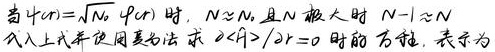
当$4\sigma)=\sqrt{N_{0}}\ 4\sigma)$时，$N\approx N_{0}$，且$N$ 极大时$N - 1\approx N$
代入上式并使用秦变法 求$\partial<f>/\partial t = 0$ 时的方程，表示为